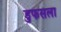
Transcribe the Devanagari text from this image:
डुफसला